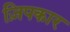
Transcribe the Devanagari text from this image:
ज़िपकार